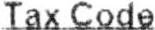
TAX CODE